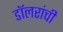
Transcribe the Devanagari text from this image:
डॉलरांची